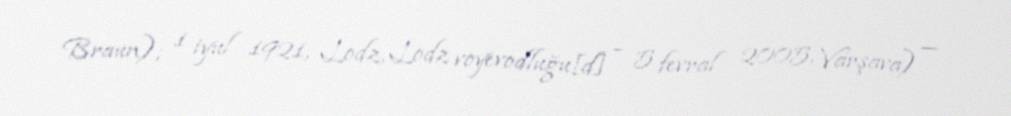
Braun); 1 iyul 1921, Lodz, Lodz voyevodluğu[d] – 5 fevral 2005, Varşava) —